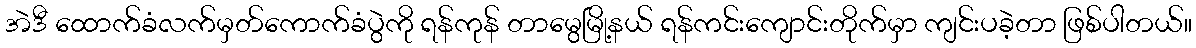
အဲဒီ ထောက်ခံလက်မှတ်ကောက်ခံပွဲကို ရန်ကုန် တာမွေမြို့နယ် ရန်ကင်းကျောင်းတိုက်မှာ ကျင်းပခဲ့တာ ဖြစ်ပါတယ်။